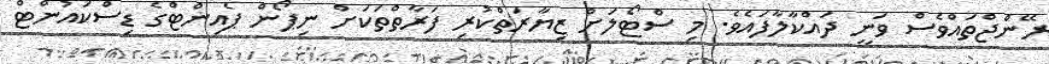
ރޭންޖްތައްވެސް ވަނީ ދައްކާލާފައެވެ. މި ސްޓޯލަށް ޒިޔާރަތްކުރި ފަރާތްތަކަށް ނިޕޯން ޕެއިންޓްގެ ޑިސްކައުންޓް